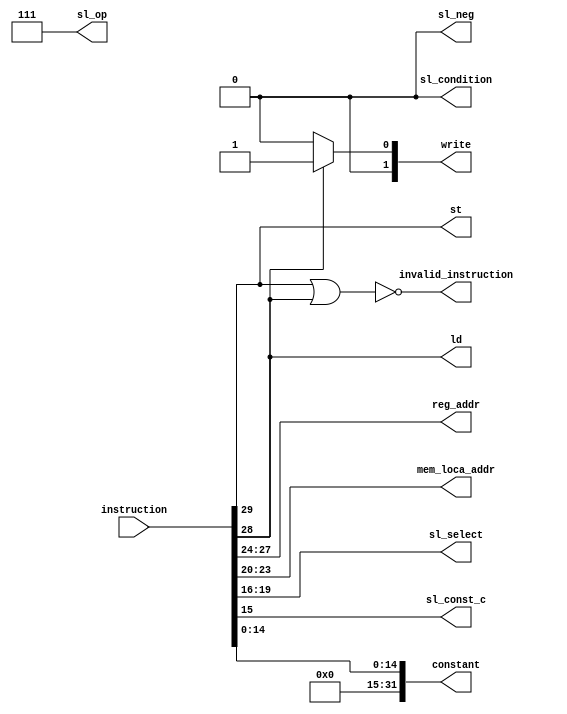
module mmu_decoder(
  input[31:0] instruction,
  output invalid_instruction,
  output[3:0] reg_addr,
  output[3:0] mem_loca_addr,
  output st,
  output ld,
  output[3:0] sl_select,
  output sl_neg,
  output[2:0] sl_op,
  output sl_const_c,
  output [31:0]constant,
  output sl_condition,
  output reg[1:0] write
  );
  assign {st, ld, reg_addr, mem_loca_addr, sl_select, sl_const_c} = instruction[29:15];
  assign constant = {17'b0, instruction[14:0]};
  assign {sl_op, sl_neg, sl_condition} = 6'b11100;
  always @(*) begin
    if(ld)
      write = 2'b01;
    else
      write = 2'b00;
  end

  assign invalid_instruction = ~(st | ld);

endmodule